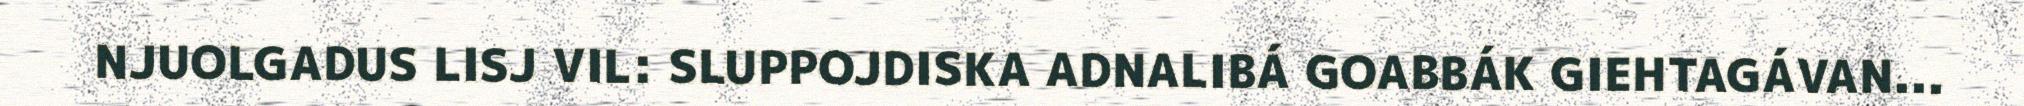
NJUOLGADUS LISJ VIL: SLUPPOJDISKA ADNALIBÁ GOABBÁK GIEHTAGÁVAN...